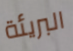
البريئة